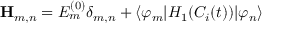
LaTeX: { \bf H } _ { m , n } = { \cal E } _ { m } ^ { ( 0 ) } \delta _ { m , n } + \langle \varphi _ { m } | H _ { 1 } ( C _ { i } ( t ) ) | \varphi _ { n } \rangle